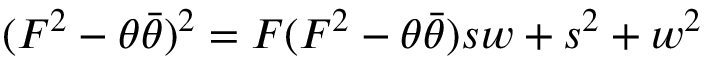
( F ^ { 2 } - \theta \bar { \theta } ) ^ { 2 } = F ( F ^ { 2 } - \theta \bar { \theta } ) s w + s ^ { 2 } + w ^ { 2 }